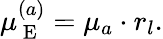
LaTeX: \mu_{\mathrm{~E~}}^{(a)}=\mu_{a}\cdot r_{l}.